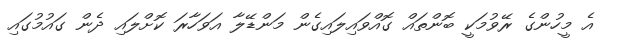
އެ މީހުންގެ ރޭވުމަކީ ބޮންތައް ގޮއްވައިލައިގެން މަންޑޭލާ އަވަހާރަ ކޮށްލައި ދެން ގައުމުގައި